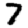
Digit: 7